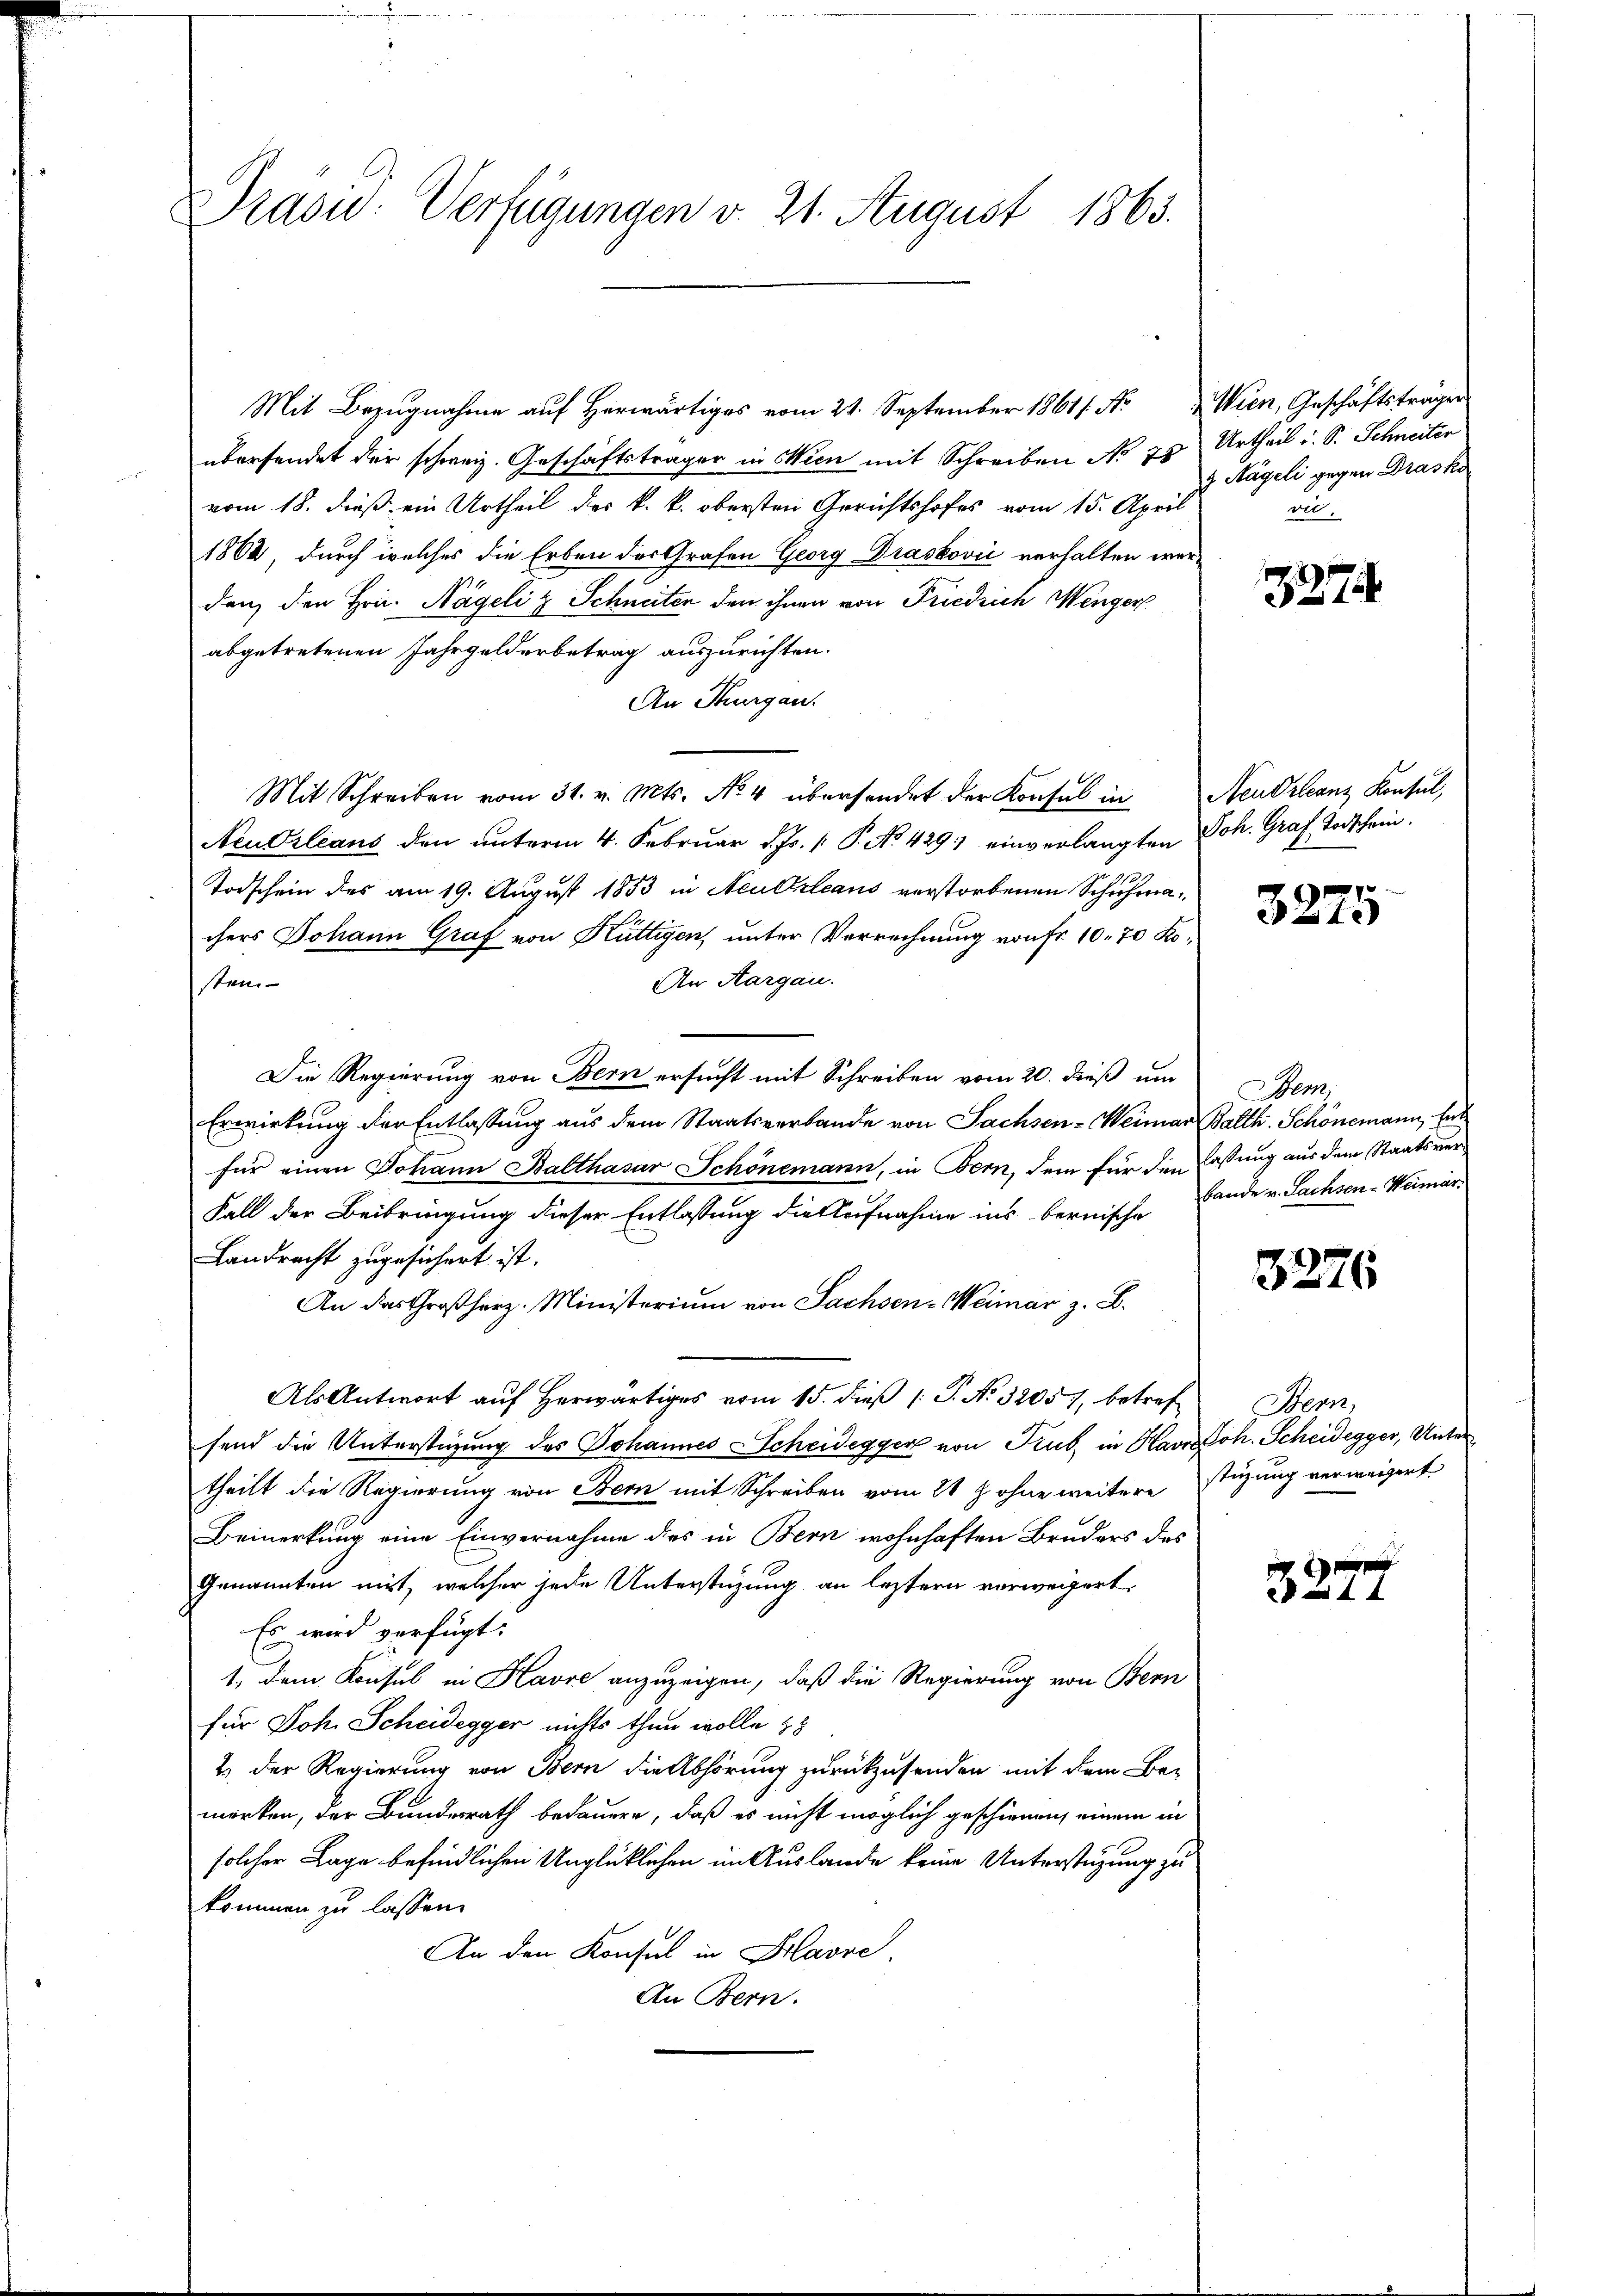
Präsid.: Verfügungen v. 21. August 1863.

Mit Bezugnahme auf Herwärtiges vom 21. September 1861 f. No Wien, Geschäftsträger
übersendet der schweiz. Geschäftsträger in Wien mit Schreiben No 75
n
vom 18. dieß, ein Urtheil des k. k. obersten Gerichtshofes vom 15. April
1862, durch welches die Erben des Grafen Georg Drasković verhalten wer-
den, den Hrn. Nägeli & Schneiten den ihnen von Friedrich Wenger
abgetretenen Jahrgelderbetrag auszurichten.
An Thurgau.
Mit Schreiben vom 31. v. Mts. No 4 überhandet der Konsul in
Neudrleans den unterm 4. Februar d. Js. 1. P. No. 429.) einverlangten Joh. Graf Todschein.
.
Todschein des am 19. August 1853 in Aeulerleans verstorbenen Schuhmachers Johann Graf von Küttigen, unter Verrechnung von Fr. 10. 70 Ko¬
An Aargau.
stem
Die Regierung von Bern ersucht mit Schreiben vom 20. dieß um
Erwirkung der Entlassung aus dem Staatsverbande von Sachsen-Weimar Balth. Schönemann, Ent
für einen Johann Balthasar Schönemann, in Bern, dem für den lassung aus dem Staatsver¬
Fall der Beibringung dieser Entlassung die Aufnahme ins bernische Lande v. Sachsen-Weimar¬
Landrecht zugesichert ist.
An das Großherz. Ministerium von Sachsen-Weimar z. B.
Als Antwort aŭf herwärtiges vom 15. dieβ (: P. Nr. 32057, betref Bern,
send die Unterstüzung des Johannes Scheidegger von Trub in Havr Joh. Scheidegger, Untertheilt die Regierung von Bern mit Schreiben vom 21 t ohne weitere stüzung verweigert
Bemerkung eine Einvernahme des in Bern wohnhaften Bruders des
Genannten mit, welcher jede Unterstüzung an leztern verweigert,
Es wird verfügt:
1., dem Konsul in Havre anzuzeigen, daß die Regierung von Bern
für Joh. Scheidegger nichts thun wolle z
2.) Der Regierung von Bern die Abhörung zurückzusenden mit dem Be-
merken, der Bundesrath bedauern, daß es nicht möglich geschienen, einem in
solcher Lage befindlichen Unglüklichen im Auslande keine Unterstüzung zu
kommen zu lassen.
An den Konsul in Klasse.
An Bern.

Urtheil i. S. Schneiter
g Nägeli gegen Drasko
vil.

827

Neudrleanz Konsul,

3275

Bem

3276

e
a